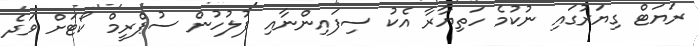
ރަޔަޓް ގިޔަރުގައި ނުކުމެ ހަތިޔާރާ އެކު ސިފައިންނާއި ފުލުހުން ސުޕްރީމް ކޯޓަށް ވަދެ